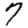
Digit: 7